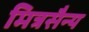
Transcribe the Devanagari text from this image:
मित्रसैन्य